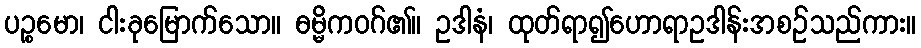
ပဉ္စမော၊ ငါးခုမြောက်သော။ ဓမ္မိကဝဂ်၏။ ဥဒါနံ၊ ထုတ်ရာ၍ဟောရာဥဒါန်းအစဉ်သည်ကား။